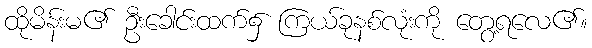
ထိုမိန်းမ၏ ဦးခေါင်းထက်၌ ကြယ်ခုနစ်လုံးကို တွေ့ရလေ၏။